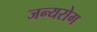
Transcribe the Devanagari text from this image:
जन्‍यरोग